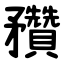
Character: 䂎